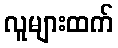
လူများထက်